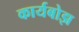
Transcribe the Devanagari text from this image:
कार्यबोझ